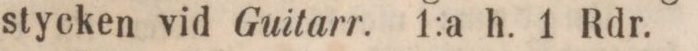
stycken vid Guitarr. 1:a h. 1 Rdr.